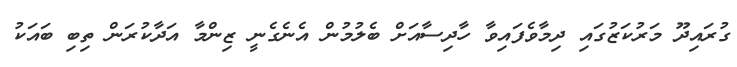
ގުރައިދޫ މަރުކަޒުގައި ދިމާވެފައިވާ ހާދިސާއަށް ބެލުމުން އެނެގެނީ ޒިންމާ އަދާކުރަން ތިބި ބައަކު